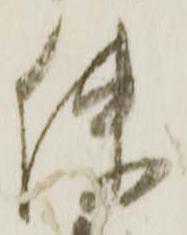
使